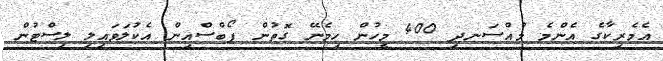
އެމެރިކާގެ އެންމެ މުއްސަނދި 400 މީހުން ހިމެނޭ ގޮތުން ފޯބްސްއިން އެކުލަވައިލި ލިސްޓުން